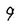
Character: 9